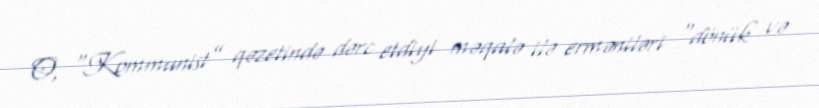
O, “Kommunist” qəzetində dərc etdiyi məqalə ilə erməniləri “dönük və